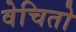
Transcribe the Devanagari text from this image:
वेचितो